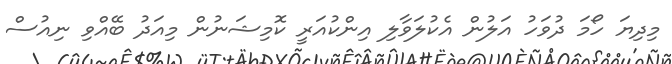
މިދިޔަ ހޯމަ ދުވަހު އަލުން އެކުލަވާލި އިންކުއަރީ ކޮމިޝަނުން މިއަދު ބޭއްވި ނިއުސް